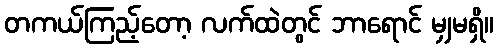
တကယ်ကြည့်တော့ လက်ထဲတွင် ဘာရောင် မျှမရှိ။